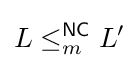
L\leq _{m}^{\mathsf {NC}}L'